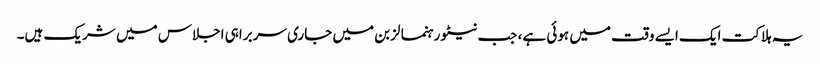
یہ ہلاکت ایک ایسے وقت میں ہوئی ہے، جب نیٹو رہنما لزبن میں جاری سربراہی اجلاس میں شریک ہیں۔